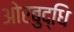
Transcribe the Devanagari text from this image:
ओरबुद्धि